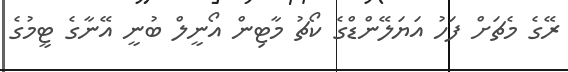
ރޭގެ މެޗަށް ފަހު އަޔަލޭންޑްގެ ކޯޗު މާޓިން އޯނީލް ބުނީ އޭނާގެ ޓީމުގެ